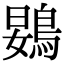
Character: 䳛